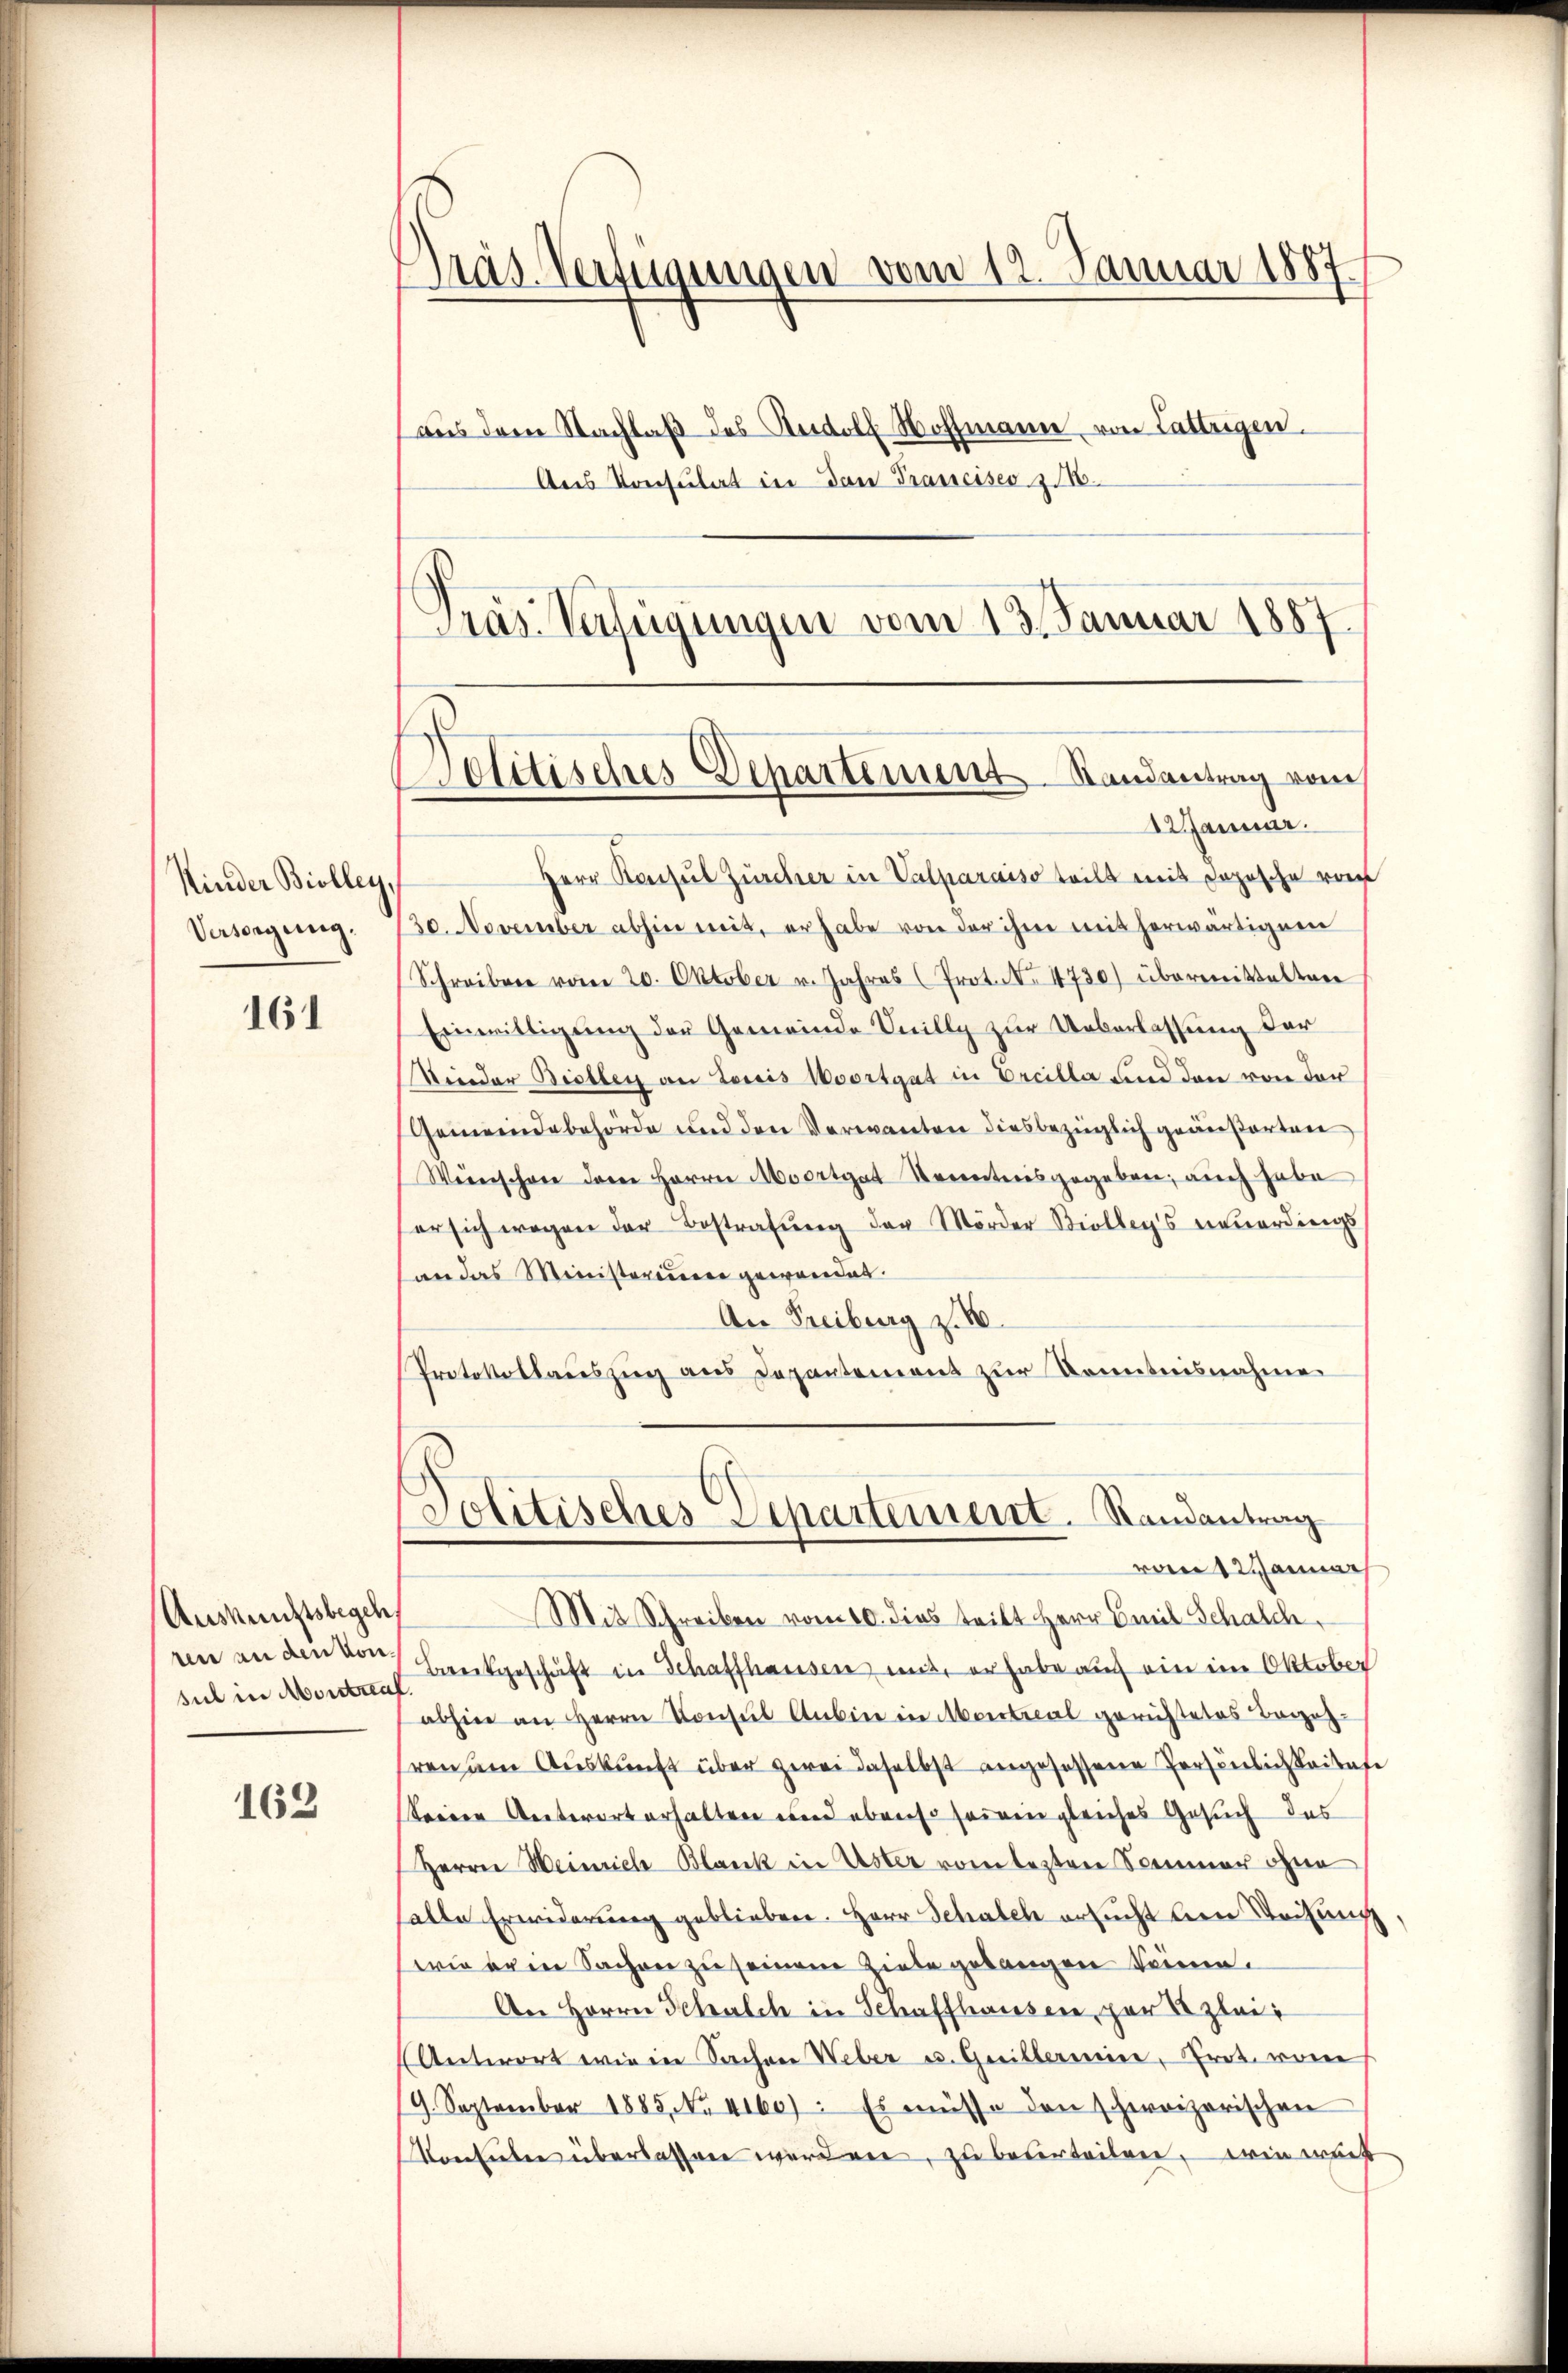
Kinder Biolley,
Versorgung.

161

Auskunftsbegeh
ren an den von
sul in Montra

162

Pras-Verfügungen vom 12. Januar 1887.
aus dem Nachlaß des Rudolf Wohlmann von Lattrigen.
Aus Konsulat in den Trancises z

Herr Konsul Zürcher in Valparaiso teilt mit dopische vom
30. November abhin mit, er habe von der ihre mit herwärtigem
Schreiben vom 20. Oktober v. Jahres (Prot. No. 4730) übermittelten
Einwilligung der Gemeinde Inilly zur Ueberlassung der
Kinder Biollen an Loris Woortgat in Ercilla und den von der
Gemeindebehörde und den Verwanten diesbezüglich geäußerten
Weinschon deren Herrn Moortgat Nenntnisgegeben, auch habe
er sich wegen der Bestrafŭng der Mörder Biollegs neuerdings
san das Ministerium gewandet.
An Freiburg z. B.
Protokollauszug aus Depantement zur Kenntnisnahme
Politisches Departement. Randantrag
vant Wanna
Mit Schreiben vom 10. dies teilt Herr Emil Schalch
7 Brückgeschäft in Schaffhausen mit, er habe auch ein im Oktober
abhin an Herrn Consul Anbier in Montal gerichtetes Begeh
ren dem Auskunft über zwei daselbst angesessene Persönlichkeitete
keinen Antwort erhalten und ebenso seinen gleiches Gesuch des
Herrn Heinrich-Blank in Uster vom lezten Sommer ohne
alle Erwiderung geblieben. Herr Schalch ersucht bei Weisung
wie eine Sachen zu seinem Ziele gelangen können.
An Herrn Schalch in Schaffhausen, par lei
Antwort wie in Sachen Weber u. Guillermeine, Prot. von
9. September 1885. No. 4160). Es müsse den schweizerischen
orlieben überlassen wordere, zu beterteilen, wie wach

Gras Verfügungen vom 13. Januar 1857.
Otitisches Departement Randantrag vom
1 Januar.